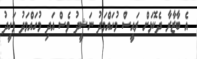
އެ ބާޒާރާ ދެކޮޅަށް ރައީސް މުހައްމަދު ނަޝީދު ވެސް އަދި މުހައްމަދު ވަހީދު